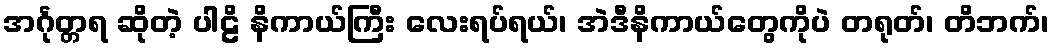
အင်္ဂုတ္တရ ဆိုတဲ့ ပါဠိ နိကာယ်ကြီး လေးရပ်ရယ်၊ အဲဒီနိကာယ်တွေကိုပဲ တရုတ်၊ တိဘက်၊